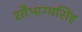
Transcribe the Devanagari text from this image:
सौभाग्यसिंह